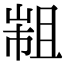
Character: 𢄄